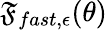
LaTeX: \mathfrak{F}_{fast,\epsilon}(\theta)